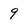
Character: 9